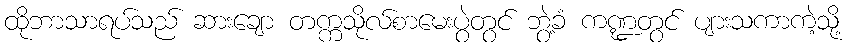
ထိုဘာသာရပ်သည် ဆားချော တက္ကသိုလ်စာမေးပွဲတွင် ဘွဲ့ခံ ကဏ္ဍတွင် ပျားသကာကဲ့သို့